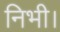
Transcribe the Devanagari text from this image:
निभी।